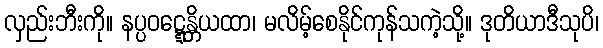
လှည်းဘီးကို။ နပ္ပဝဋ္ဋေန္တိယထာ၊ မလိမ့်စေနိုင်ကုန်သကဲ့သို့။ ဒုတိယာဒီသုပိ၊